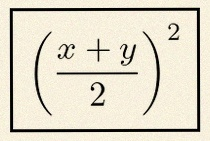
\left(\frac{x+y}{2}\right)^2